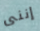
إننى